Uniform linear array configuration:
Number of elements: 16
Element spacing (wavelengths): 0.5
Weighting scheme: cosine
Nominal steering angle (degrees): -60
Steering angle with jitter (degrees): -60.489
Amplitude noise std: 0.05
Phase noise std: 0.05

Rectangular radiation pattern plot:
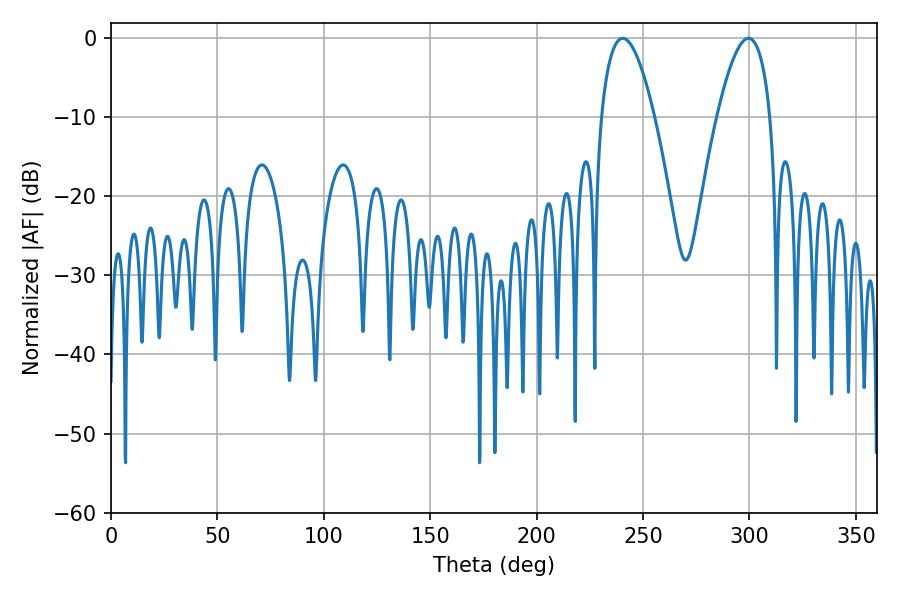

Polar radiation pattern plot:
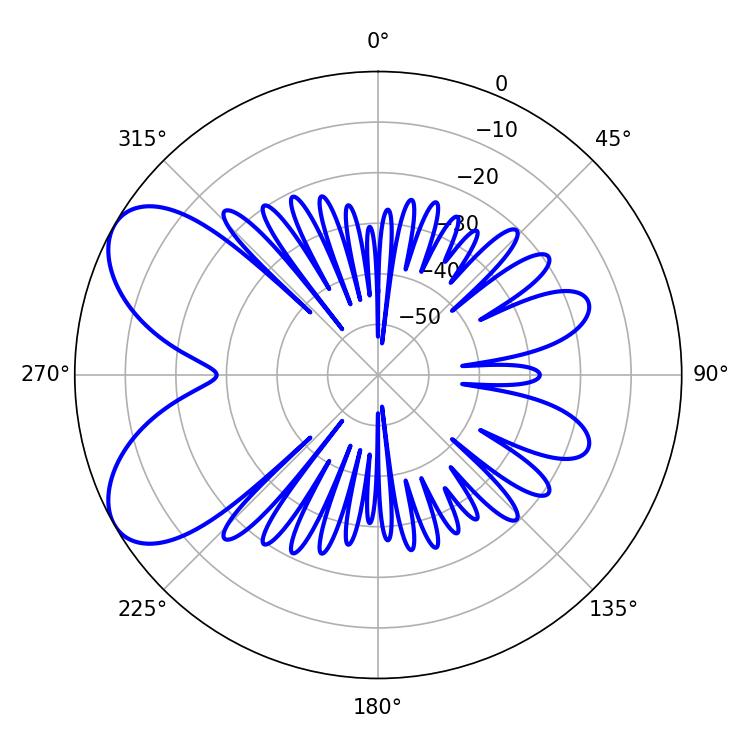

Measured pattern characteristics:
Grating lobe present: FALSE
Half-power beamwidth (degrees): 13.68
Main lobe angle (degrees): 240.48